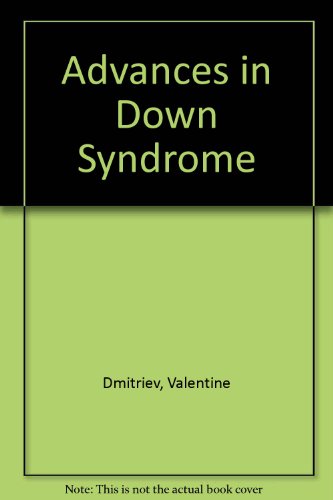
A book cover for Advances in Down Syndrome; Valentine Dmitriev; Health, Fitness & Dieting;